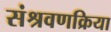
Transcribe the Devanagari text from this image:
संश्रवणक्रिया